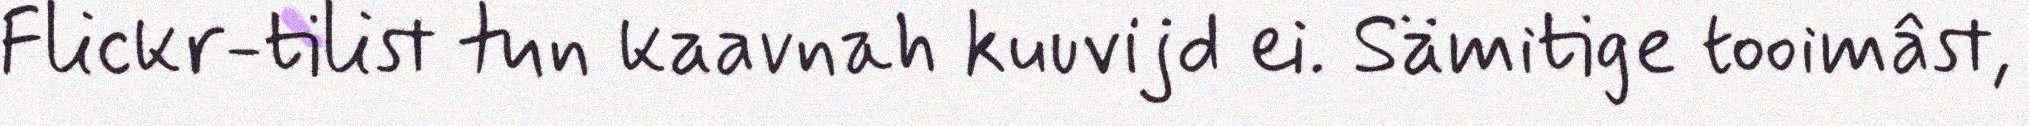
Flickr-tilist tun kaavnah kuuvijd ei. Sämitige tooimâst,